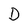
Character: D